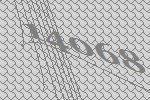
14068